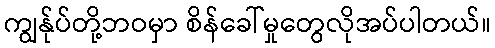
ကျွန်ုပ်တို့ဘဝမှာ စိန်ခေါ်မှုတွေလိုအပ်ပါတယ်။